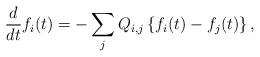
LaTeX: \begin{align*}\frac{d}{dt}f_{i}(t)=-\sum_{j}Q_{i,j}\left\{ f_{i}(t)-f_{j}(t)\right\} ,\end{align*}